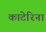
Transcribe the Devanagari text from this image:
काटेरिना